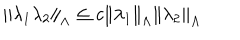
\left\| \lambda _ { 1 } \lambda _ { 2 } \right\| _ { \Lambda } \leq c \left\| \lambda _ { 1 } \right\| _ { \Lambda } \left\| \lambda _ { 2 } \right\| _ { \Lambda }